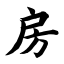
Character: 房